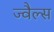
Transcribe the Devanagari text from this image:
ज्वैल्स